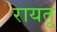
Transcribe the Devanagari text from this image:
रायतू